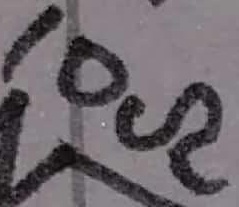
Text: 10Ω